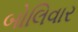
બોલિવાર